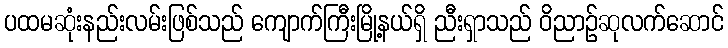
ပထမဆုံးနည်းလမ်းဖြစ်သည် ကျောက်ကြီးမြို့နယ်ရှိ ညီးရှာသည် ဝိညာဉ်ဆုလက်ဆောင်